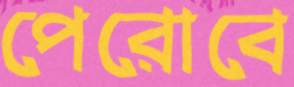
পেরোবে